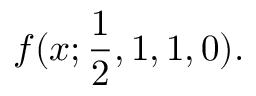
f ( x ; { \frac { 1 } { 2 } } , 1 , 1 , 0 ) .